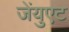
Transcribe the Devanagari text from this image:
जेंयुएट